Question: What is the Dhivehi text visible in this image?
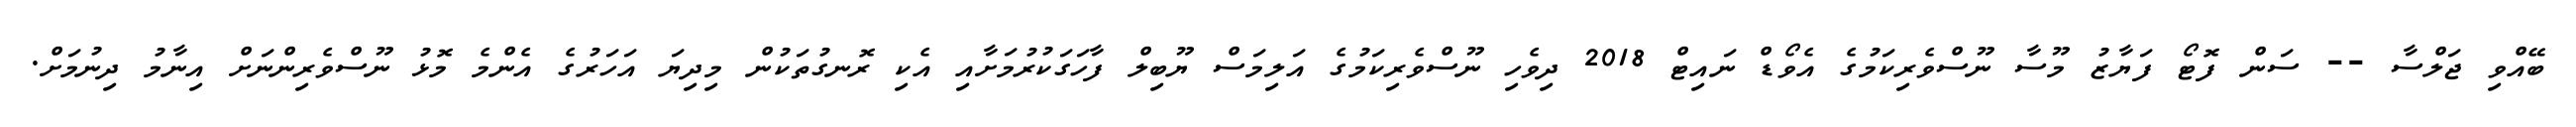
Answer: ބޭއްވި ޖަލްސާ -- ސަން ފޮޓޯ ފަޔާޒު މޫސާ ނޫސްވެރިކަމުގެ އެވޯޑް ނައިޓް 2018 ދިވެހި ނޫސްވެރިކަމުގެ އަލިމަސް ޔޫބިލް ފާހަގަކުރުމަށާއި އެކި ރޮނގުތަކުން މިދިޔަ އަހަރުގެ އެންމެ މޮޅު ނޫސްވެރިންނަށް އިނާމު ދިނުމަށް.